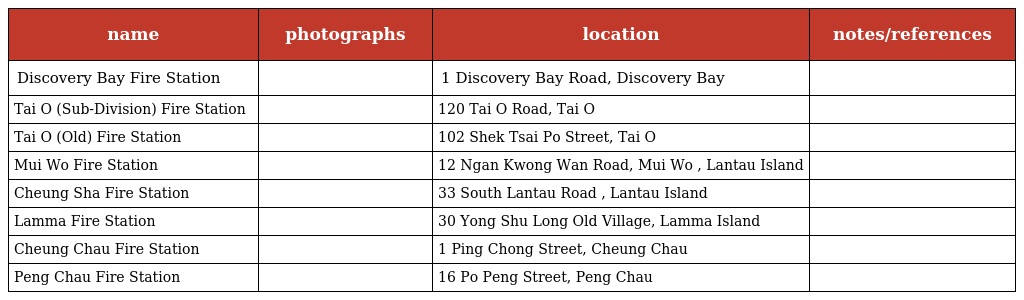
| name | photographs | location | notes/references |
 | --- | --- | --- | --- |
 | Discovery Bay Fire Station |  | 1 Discovery Bay Road, Discovery Bay |  |
 | Tai O (Sub-Division) Fire Station |  | 120 Tai O Road, Tai O |  |
 | Tai O (Old) Fire Station |  | 102 Shek Tsai Po Street, Tai O |  |
 | Mui Wo Fire Station |  | 12 Ngan Kwong Wan Road, Mui Wo , Lantau Island |  |
 | Cheung Sha Fire Station |  | 33 South Lantau Road , Lantau Island |  |
 | Lamma Fire Station |  | 30 Yong Shu Long Old Village, Lamma Island |  |
 | Cheung Chau Fire Station |  | 1 Ping Chong Street, Cheung Chau |  |
 | Peng Chau Fire Station |  | 16 Po Peng Street, Peng Chau |  |